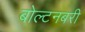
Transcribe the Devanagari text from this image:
बोल्टनबरी